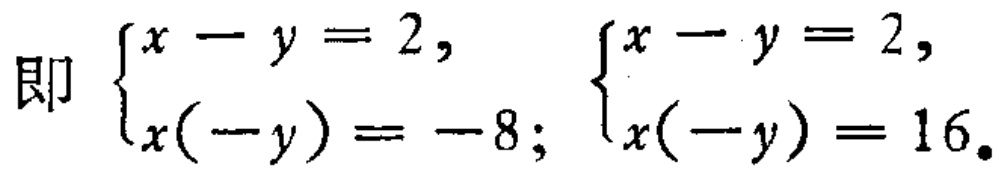
即 $\begin{cases}x - y = 2, \\x(-y) = -8;\end{cases} \begin{cases}x - y = 2, \\x(-y) = 16.\end{cases}$